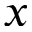
x